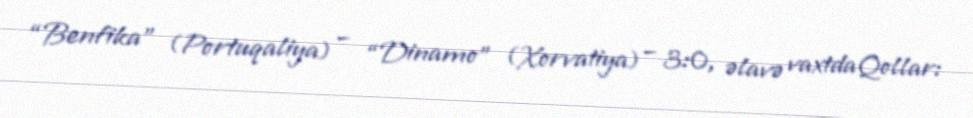
“Benfika” (Portuqaliya) – “Dinamo” (Xorvatiya) – 3:0, əlavə vaxtdaQollar: